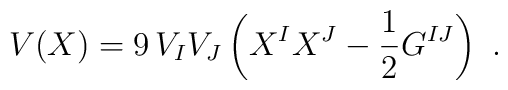
V(X)=9\,V_{I}V_{J}\left( X^{I}X^{J}-{\frac{1}{2}}G^{IJ}\right) \ .